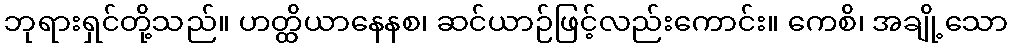
ဘုရားရှင်တို့သည်။ ဟတ္ထိယာနေနစ၊ ဆင်ယာဉ်ဖြင့်လည်းကောင်း။ ကေစိ၊ အချို့သော